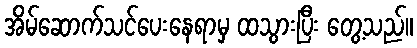
အိမ်ဆောက်သင်ပေးနေရာမှ ထသွားပြီး တွေ့သည်။